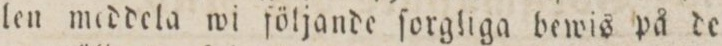
len meddela wi följande ſorgliga bewis på de